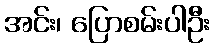
အင်း၊ ပြောစမ်းပါဦး